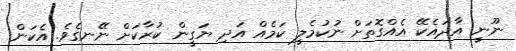
ނޫނީ އާދައެކޭ އެއްގޮތަށް ނުކުމެލީ ކަމެއް އަދި ޔަގީން ކުރާކަށް ނޭނގެވެ. އެކަން